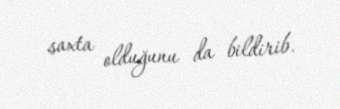
saxta olduğunu da bildirib.